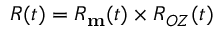
R ( t ) = R _ { \bf m } ( t ) \times R _ { O Z } ( t )